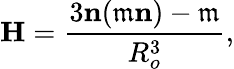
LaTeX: \textbf{H}=\frac{3\textbf{n}(\mathfrak{m}\textbf{n})-\mathfrak{m}}{R_{o}^{3}},